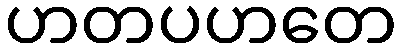
ဟတပဟတေ